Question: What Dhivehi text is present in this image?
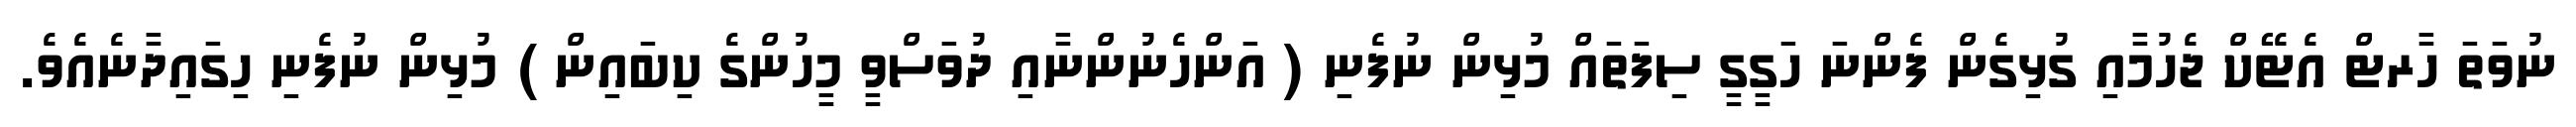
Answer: ނުވަތަ ހާރޓް އެޓޭކް ޖެހުމާއި ގުޅިގެން ފެންނަ ހަގީގީ ސިފަތައް މުޅިން ނުފެނި ( އަންހެނުންނާއި ދުވަސްވީ މީހުންގެ ކިބައިން ) މުޅިން ނުފެނި ހިގައިދާނެއެވެ.